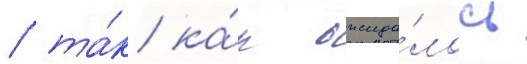
/ та́к ка́к ожида́лось